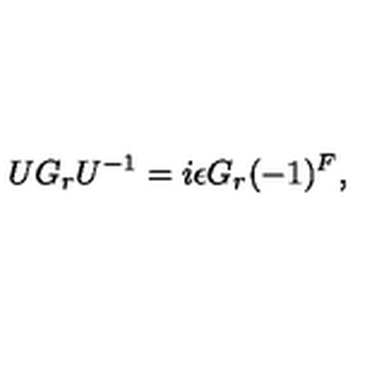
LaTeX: U G _ { r } U ^ { - 1 } = i \epsilon G _ { r } ( - 1 ) ^ { F } ,